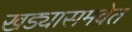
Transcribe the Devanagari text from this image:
खड्यासमवेत